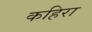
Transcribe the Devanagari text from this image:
कहिरा